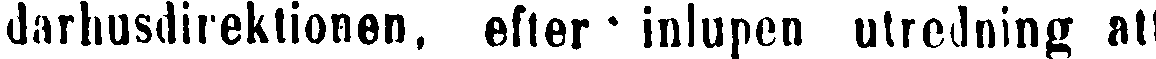
darhusdirektionen, efter inlupen utredning att